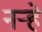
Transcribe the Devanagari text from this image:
नर्‍हे